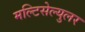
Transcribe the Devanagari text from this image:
मल्टिसेल्युलर